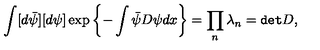
\int [ d \bar { \psi } ] [ d \psi ] \exp \left\{ - \int \bar { \psi } D \psi d x \right\} = \prod _ { n } \lambda _ { n } = { \tt d e t } D ,